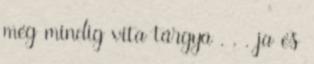
még mindig vita tárgya . . . ja és